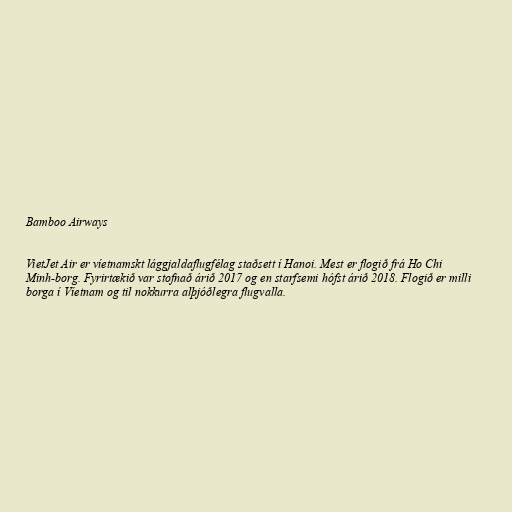
Bamboo Airways

VietJet Air er víetnamskt lággjaldaflugfélag staðsett í Hanoi. Mest er flogið frá Ho Chi
Minh-borg. Fyrirtækið var stofnað árið 2017 og en starfsemi hófst árið 2018. Flogið er milli
borga í Víetnam og til nokkurra alþjóðlegra flugvalla.